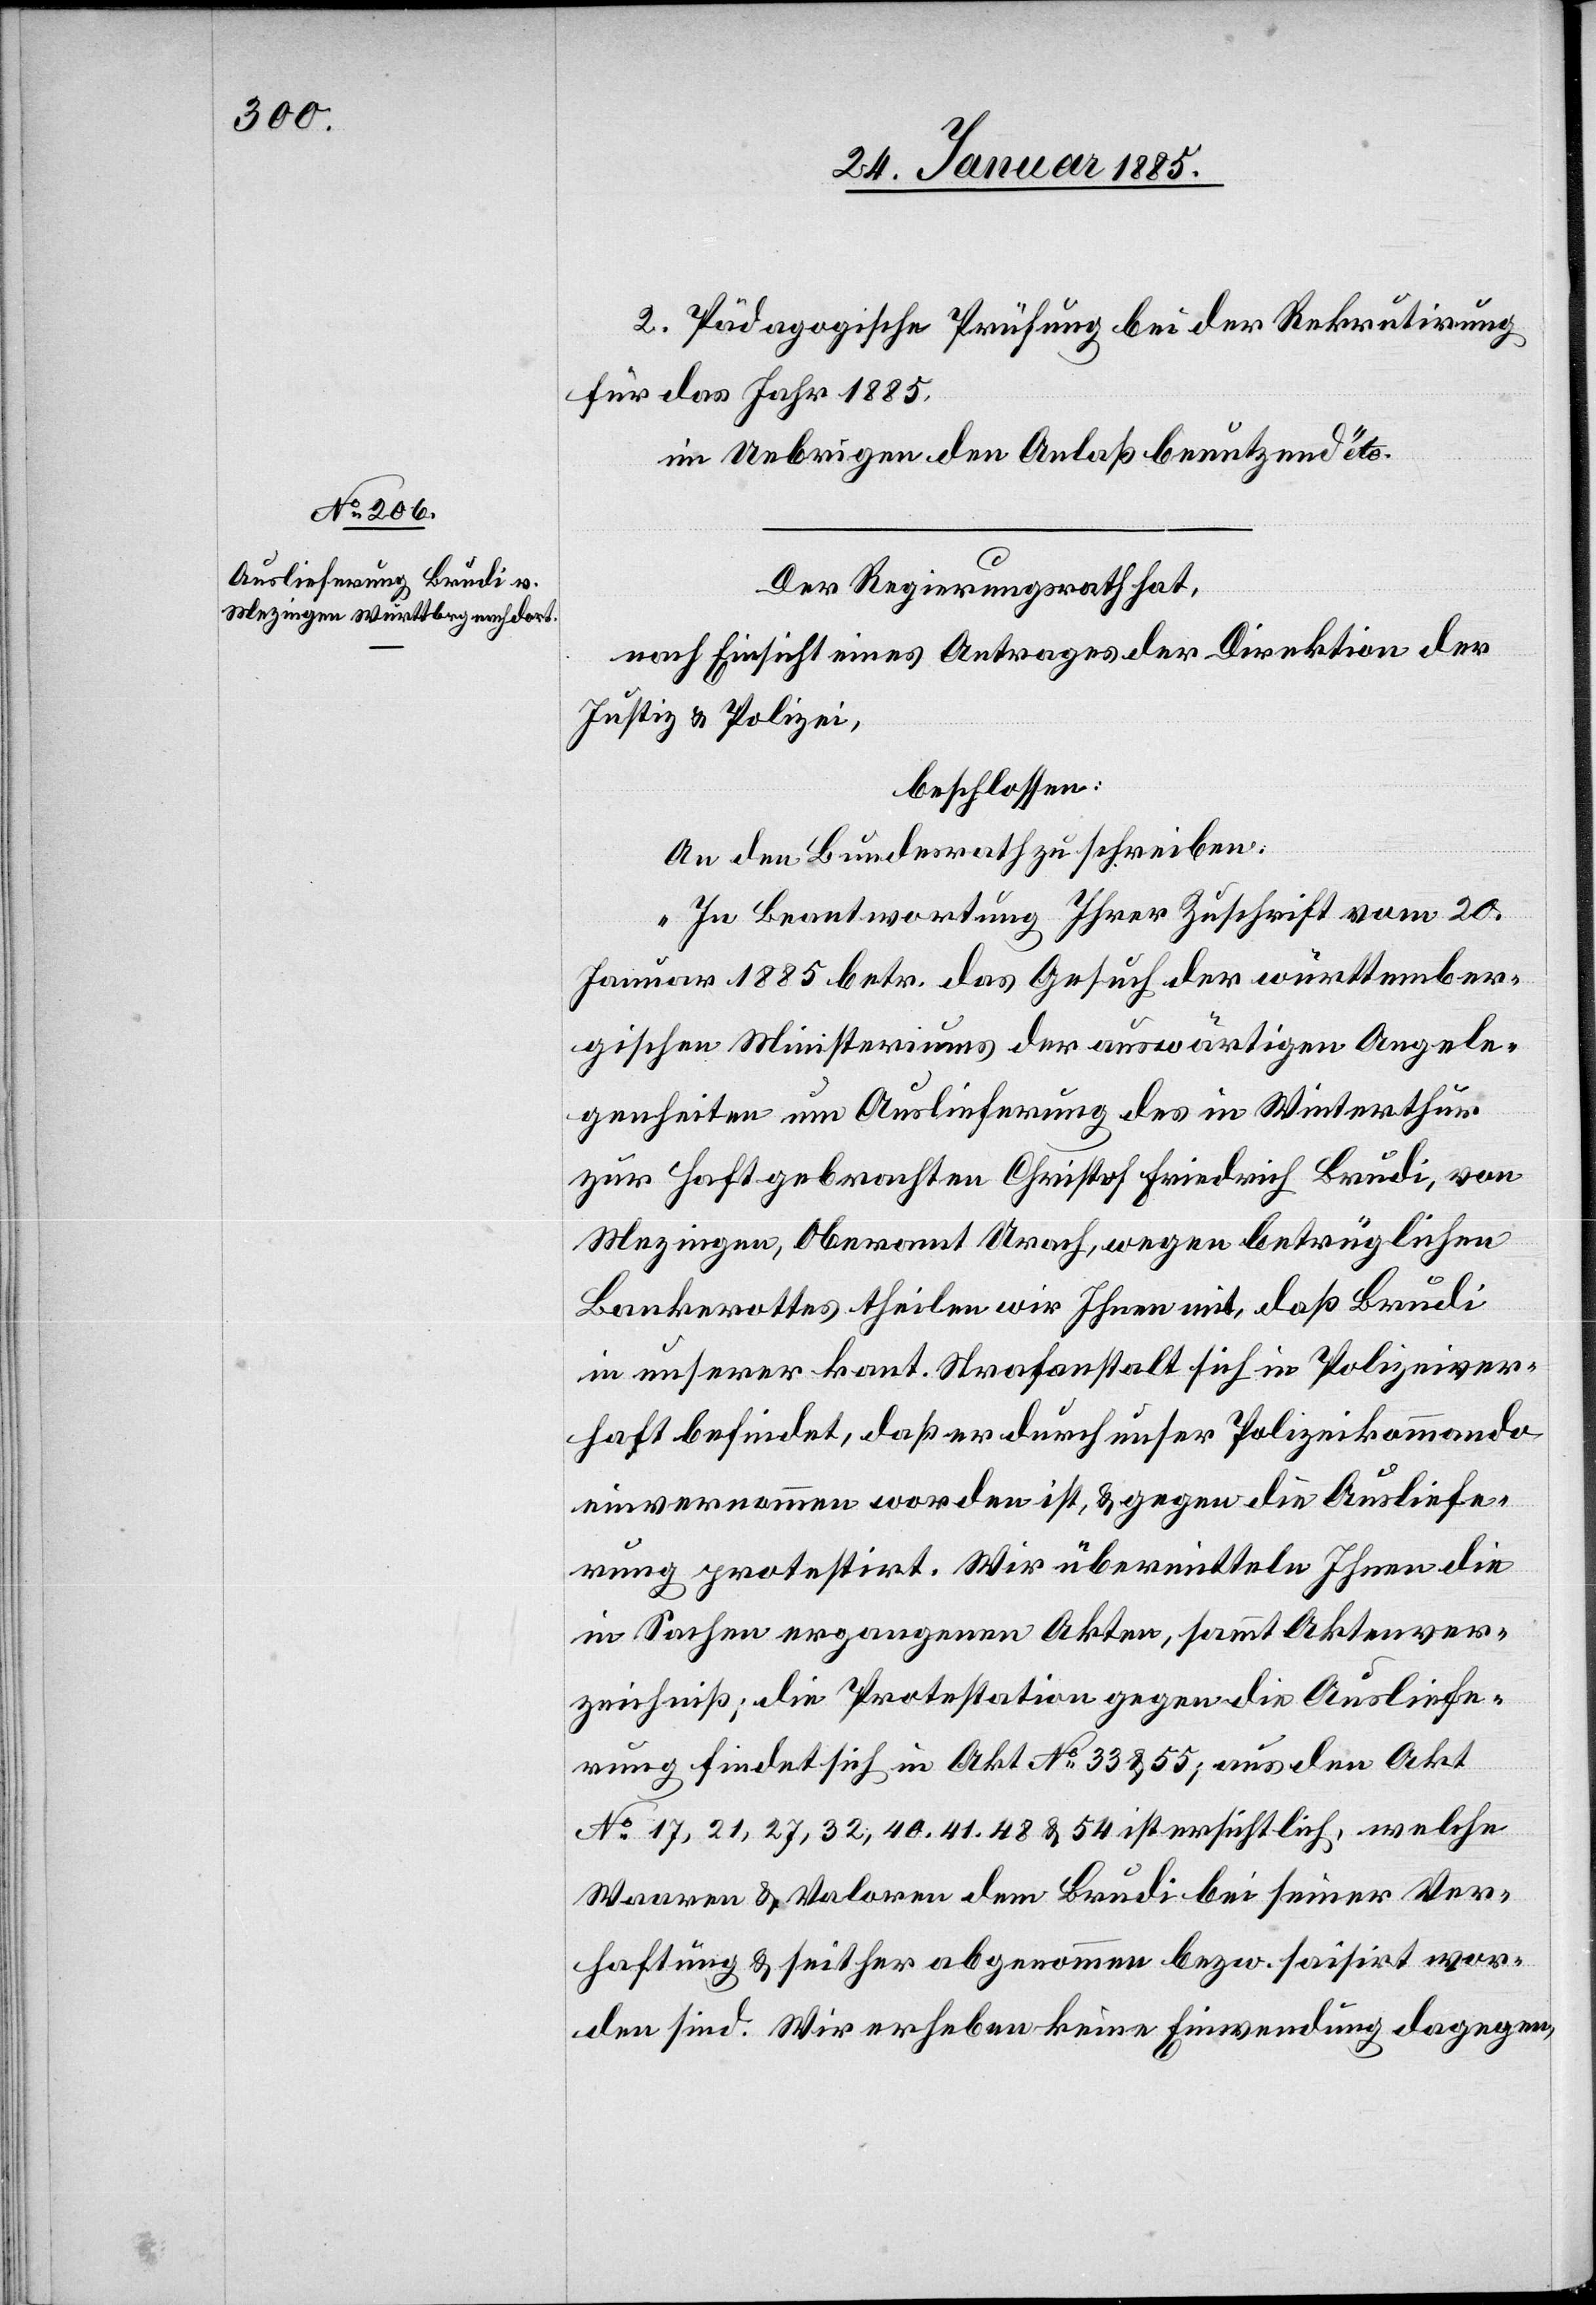
26. Januar 1885.]
2. Pädagogische Prüfung bei der Rekrutirung
für das Jahr 1885,
im Uebrigen den Anlaß benutzen“ etc.
Der Regierungsrath hat,
nach Einsicht eines Antrages der Direktion der
Justiz & Polizei,
beschlossen:
An den Bundesrath zu schreiben:
„In Beantwortung Ihrer Zuschrift vom 20.
Januar 1885 betr. das Gesuch der [sic!] württember¬
gischen Ministeriums der auswärtigen Angele¬
genheiten um Auslieferung des in Winterthur
zur Haft gebrachten Christof Friedrich Brudi, von
Mezingen, Oberamt Urach, wegen betrüglichen
Bankerottes theilen wir Ihnen mit, daß Brudi
in unserer kant. Strafanstalt sich in Polizeiver¬
haft befindet, daß er durch unser Polizeikommando
einvernommen worden ist, & gegen die Ausliefe¬
rung protestirt. Wir übermitteln Ihnen die
in Sachen ergangenen Akten, sammt Aktenver¬
zeichniß; die Protestation gegen die Ausliefe¬
rung findet sich in Akt. No 17, 27, 32, 40, 41,
Waaren & Valoren dem Brudi bei seiner Ver¬
haftung & seither abgenommen bezw. saisirt wor¬
den sind. Wir erheben keine Einwendung dagegen,